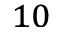
^ { 1 0 }